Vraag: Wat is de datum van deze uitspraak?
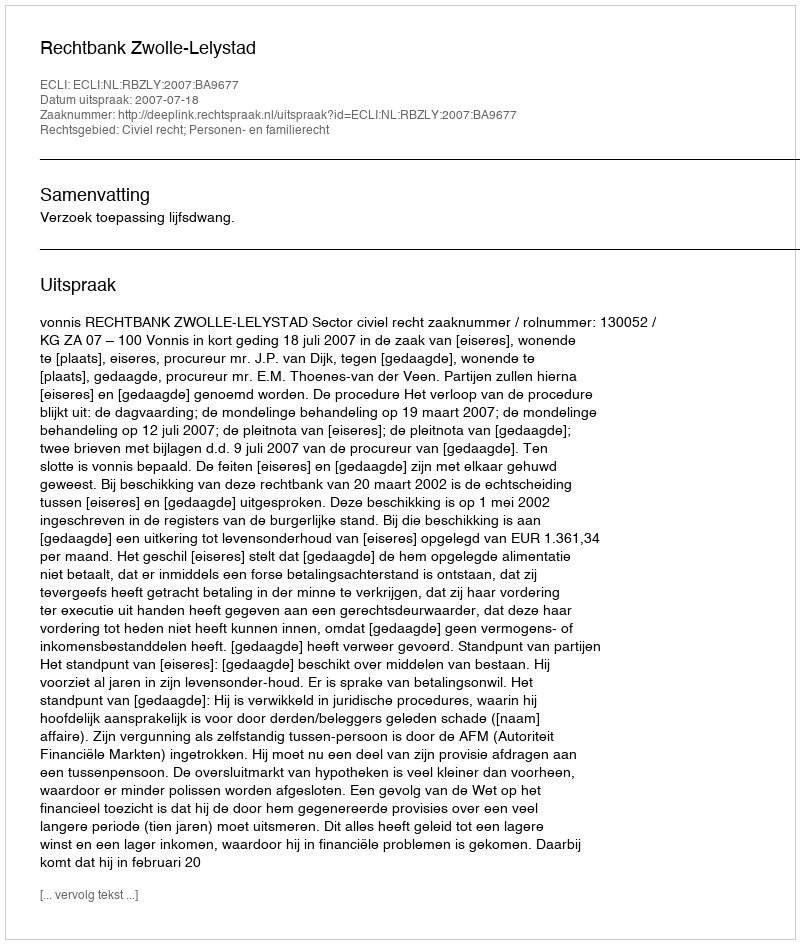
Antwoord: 2007-07-18